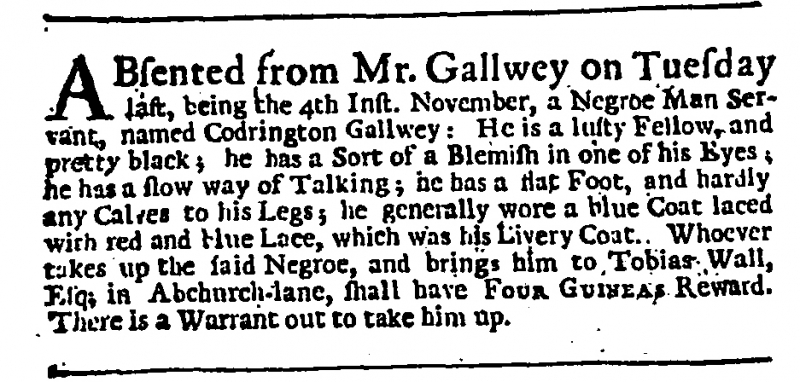
Daily Journal, 11 November 1735 (England)
ABsented from Mr. Gallwey on Tuesday last, being the 4th Inst. November, a Negroe Man Servant, named Codrington Gallwey: He is a lusty Fellow, and pretty black; he has a Sort of a Blemish in one of his Eyes; he has a slow way of Talking; he has a flat Foot, and hardly any Calves to his Legs; he generally wore a blue Coat laced with red and blue Lace, which was his Livery Coat. Whoever takes up the said Negroe, and brings him to Tobias Wall, Esq; in Abchurch-lane, shall have FOUR GUINEAS Reward. There is a Warrant out to take him up.